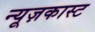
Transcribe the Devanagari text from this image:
न्यूज़कास्ट